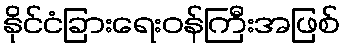
နိုင်ငံခြားရေးဝန်ကြီးအဖြစ်